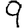
Digit: 9